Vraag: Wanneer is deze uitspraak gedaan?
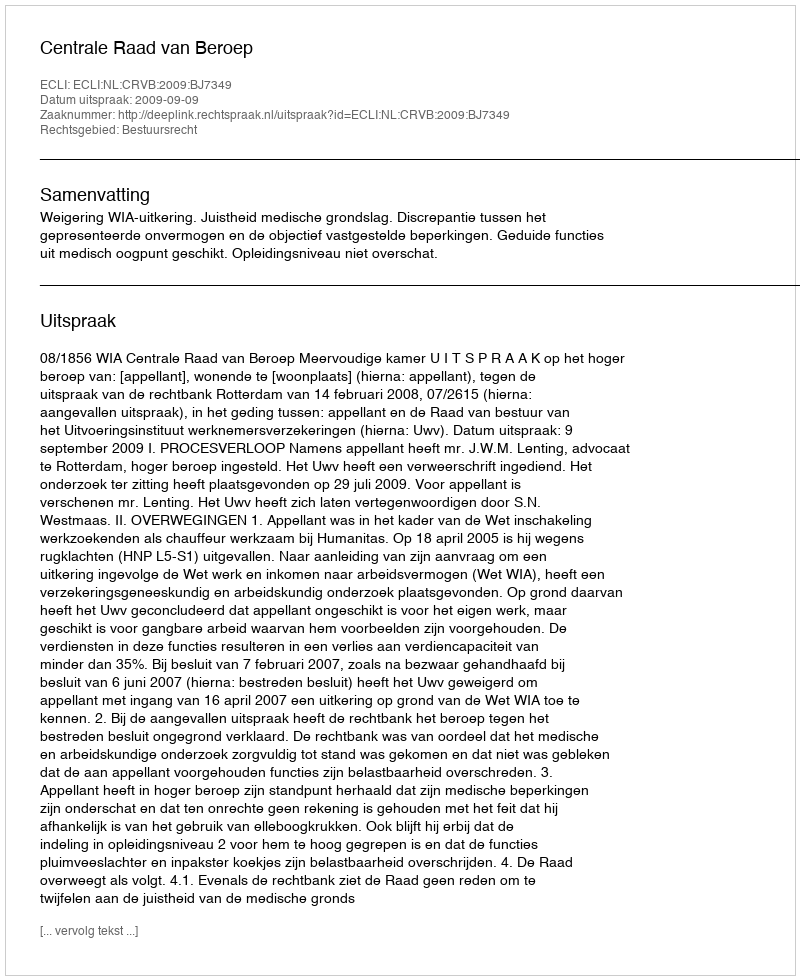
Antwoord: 2009-09-09